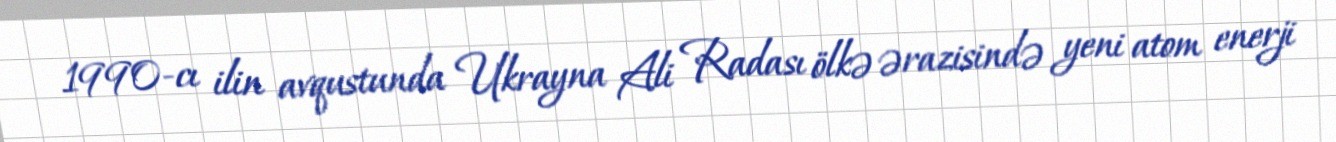
1990-cı ilin avqustunda Ukrayna Ali Radası ölkə ərazisində yeni atom enerji